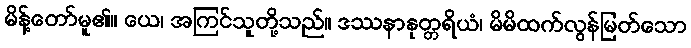
မိန့်တော်မူ၏။ ယေ၊ အကြင်သူတို့သည်။ ဒဿနာနုတ္တရိယံ၊ မိမိထက်လွန်မြတ်သော